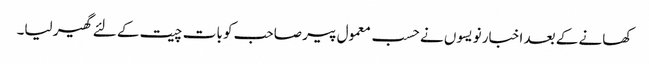
کھانے کے بعد اخبار نویسوں نے حسب معمول پیر صاحب کو بات چیت کے لئے گھیر لیا۔